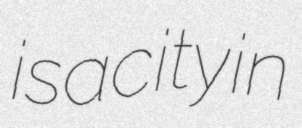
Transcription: is a city in